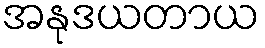
အနုဒယတာယ